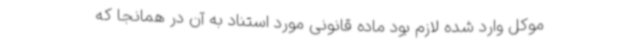
موکل وارد شده لازم بود ماده قانونی مورد استناد به آن در همانجا که